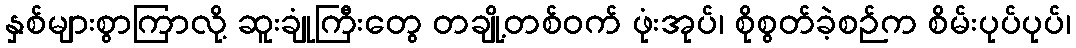
နှစ်များစွာကြာလို့ ဆူးချုံကြီးတွေ တချို့တစ်ဝက် ဖုံးအုပ်၊ စိုစွတ်ခဲ့စဉ်က စိမ်းပုပ်ပုပ်၊